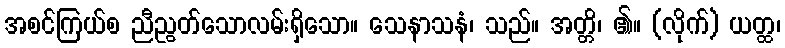
အစင်ကြယ်စ ညီညွတ်သောလမ်းရှိသော။ သေနာသနံ၊ သည်။ အတ္တိ၊ ၏။ (လိုက်) ယတ္ထ၊